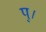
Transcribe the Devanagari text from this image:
पु।